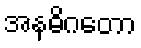
အနဓိဂတော